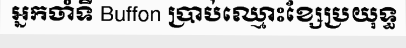
អ្នកចាំទី Buffon ប្រាប់ឈ្មោះខ្សែប្រយុទ្ធ